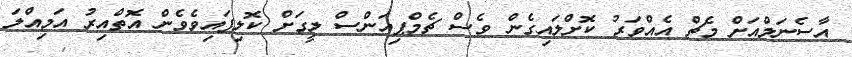
އާސެނަލްއަށް މެޗް އެއްވަރު ކޮށްލައިގެން ވެސް ޗެމްޕިއަންސް ލީގަށް ކޮލިފައިވެވެން އޮތްއިރު އަމިއްލަ